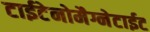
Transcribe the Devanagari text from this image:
टाईटेनोमैग्नेटाईट